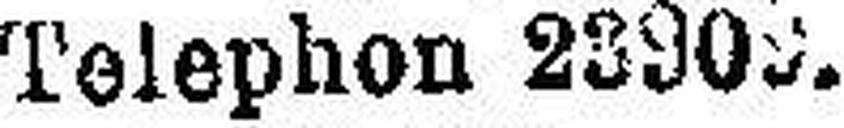
Telephon 2390###.